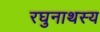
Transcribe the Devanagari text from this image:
रघुनाथस्य